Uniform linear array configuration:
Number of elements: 8
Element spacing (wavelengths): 1
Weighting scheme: binomial
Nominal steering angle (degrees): -15
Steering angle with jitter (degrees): -15.995
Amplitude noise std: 0.05
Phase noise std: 0.05

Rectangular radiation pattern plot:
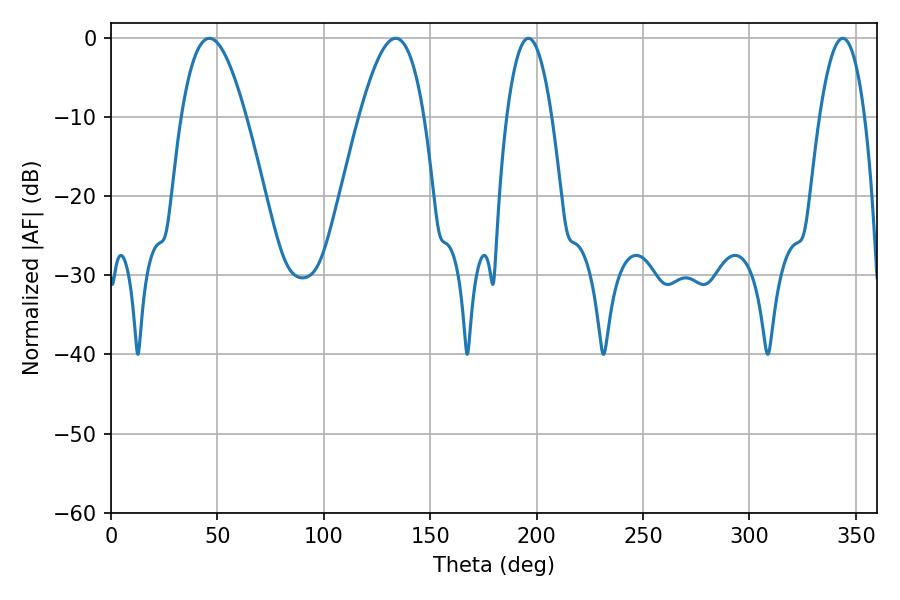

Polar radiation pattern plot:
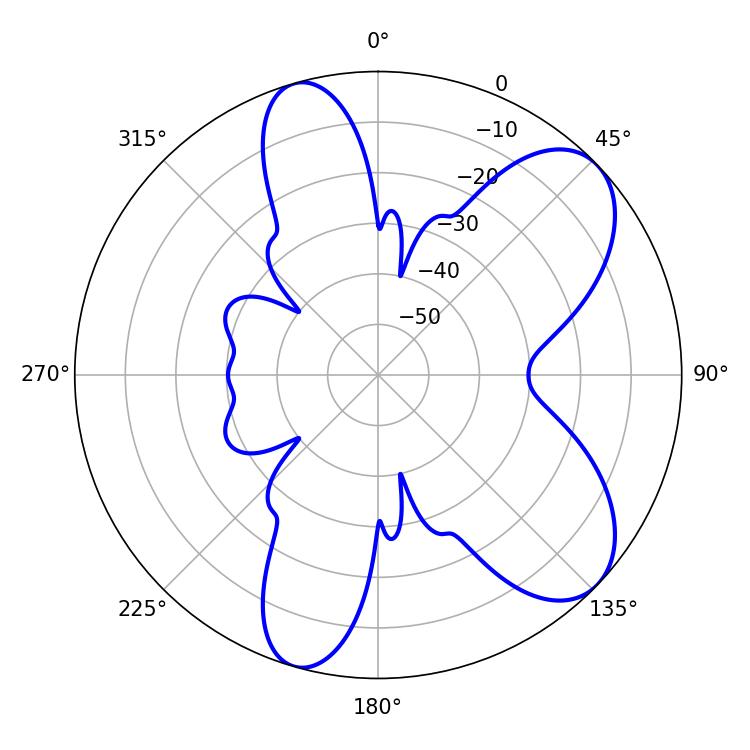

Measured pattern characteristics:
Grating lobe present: TRUE
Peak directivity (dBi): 7.786
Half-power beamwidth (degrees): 16.56
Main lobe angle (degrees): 46.26